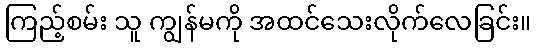
ကြည့်စမ်း သူ ကျွန်မကို အထင်သေးလိုက်လေခြင်း။